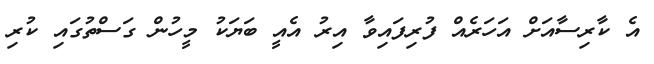
އެ ކާރިސާއަށް އަހަރެއް ފުރިފައިވާ އިރު އެއީ ބަޔަކު މީހުން ގަސްތުގައި ކުރި